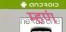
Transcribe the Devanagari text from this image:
म्हणं